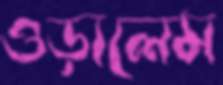
ওড়ালেম